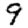
Digit: 9